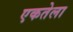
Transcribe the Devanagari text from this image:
एकतेला